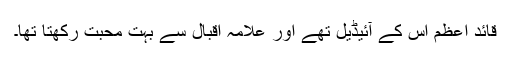
قائد اعظم اس کے آئیڈیل تھے اور علامہ اقبال سے بہت محبت رکھتا تھا۔